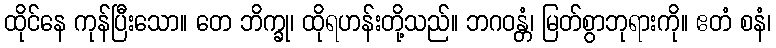
ထိုင်နေ ကုန်ပြီးသော။ တေ ဘိက္ခု၊ ထိုရဟန်းတို့သည်။ ဘဂဝန္တံ၊ မြတ်စွာဘုရားကို။ ဧတံ စနံ၊